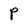
Character: p